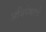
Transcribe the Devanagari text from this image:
अभिषेकाचे